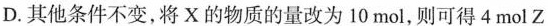
D.其他条件不变，将X的物质的量改为10mol，则可得4mol Z